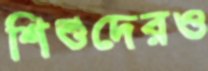
শিশুদেরও